Lunatic asylums Central Provinces reports 1874-1885 - 1874-1885
Year: 1874
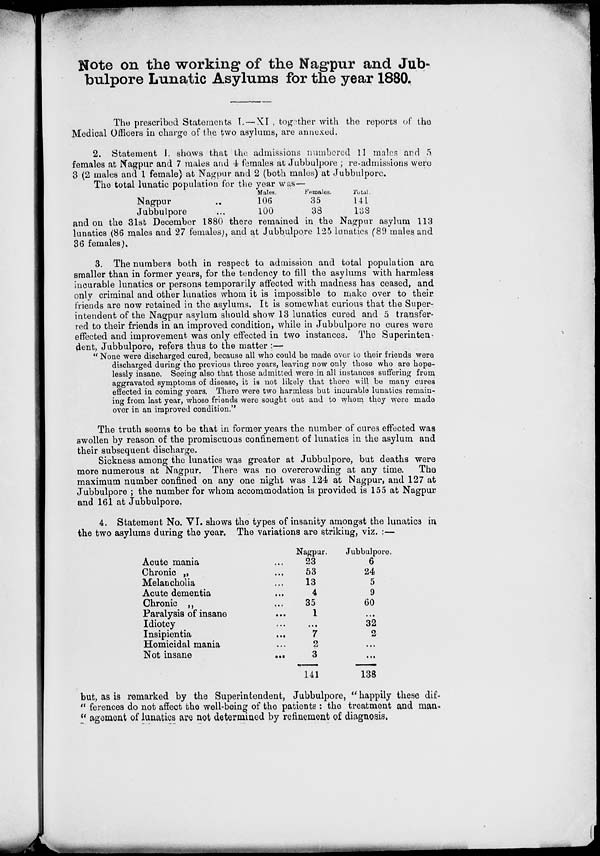
Note on the working of the Nagpur and Jub-
bulpore Lunatic Asylums for the year 1880.
The prescribed Statements I. — XI , together with the reports of the
Medical Officers in charge of the two asylums, are annexed.
2. Statement I. shows that the admissions numbered 11 males and 5
females at Nagpur and 7 males and 4 females at Jubbulpore ; re-admissions were
3 (2 males and 1 female) at Nagpur and 2 (both males) at Jubbulpore.
The total lunatic population for the year was—
Nagpur ...
Jubbulpore ...
Males.
106
100
Females.
35
38
Total
141
138
and on the 31st December 1880 there remained in the Nagpur asylum 113
lunatics (86 males and 27 females), and at Jubbulpore 125 lunatics (89 males and
36 females).
3. The numbers both in respect to admission and total population are
smaller than in former years, for the tendency to fill the asylums with harmless
incurable lunatics or persons temporarily affected with madness has ceased, and
only criminal and other lunatics whom it is impossible to make over to their
friends are now retained in the asylums. It is somewhat curious that the Super-
intendent of the Nagpur asylum should show 13 lunatics cured and 5 transfer-
red to their friends in an improved condition, while in Jubbulpore no cures were
effected and improvement was only effected in two instances. The Superinten
dent, Jubbulpore, refers thus to the matter :—
"None were discharged cured, because all who could be made over to their friends were
discharged during the previous three years, leaving now only those who are hope-
lessly insane. Seeing also that those admitted were in all instances suffering from
aggravated symptoms of disease, it is not likely that there will be many cures
effected in coming years. There were two harmless but incurable lunatics remain-
ing from last year, whose friends were sought out and to whom they were made
over in an improved condition."
The truth seems to be that in former years the number of cures effected was
swollen by reason of the promiscuous confinement of lunatics in the asylum and
their subsequent discharge.
Sickness among the lunatics was greater at Jubbulpore, but deaths were
more numerous at Nagpur. There was no overcrowding at any time. The
maximum number confined on any one night was 124 at Nagpur, and 127 at
Jubbulpore ; the number for whom accommodation is provided is 155 at Nagpur
and 161 at Jubbulpore.
4. Statement No. VI. shows the types of insanity amongst the lunatics in
the two asylums during the year. The variations are striking, viz. :—
Acute mania ...
Chronic „ ...
Melancholia ...
Acute dementia ...
Chronic „ ...
Paralysis of insane ...
Idiotcy ...
Insipientia ...
Homicidal mania ...
Not insane
...
Nagpur.
23
53
13
4
35
1
...
7
2
3
141
Jubbulpore.
6
24
5
9
60
...
32
2
...
...
138
but, as is remarked by the Superintendent, Jubbulpore, " happily these dif-
" ferences do not affect the well-being of the patients : the treatment and man-
" agement of lunatics are not determined by refinement of diagnosis.